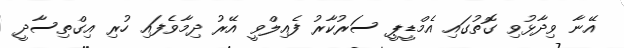
އޭނާ ވިދާޅުވި ގޮތުގައި އެމްޑީޕީ ސަރުކާރު ފެއިލްވީ އޭރު ދިމާވެފައި ހުރި އިގްތިސާދީ